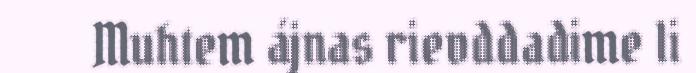
Muhtem ájnas rievddadime li